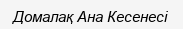
Домалақ Ана Кесенесі